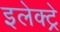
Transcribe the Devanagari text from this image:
इलेक्ट्रे